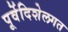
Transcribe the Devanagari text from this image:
पूर्वेदिशेलगत